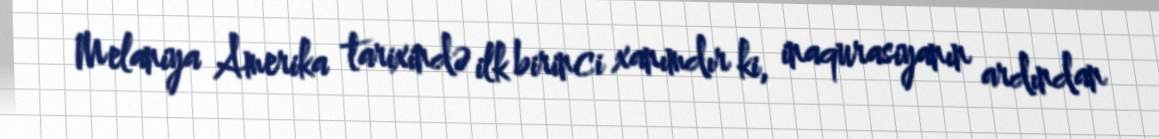
Melaniya Amerika tarixində ilk birinci xanımdır ki, inaqurasiyanın ardından